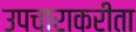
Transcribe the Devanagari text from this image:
उपचाराकरीता